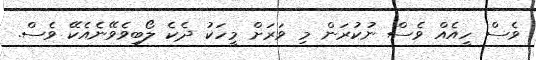
ވެސް ހީއެއް ވެސް ނުކުރަން މި ވަރަށް މީހަކު ދެކެ ލޯބިވެވޭނެއެކޭ ވެސް.